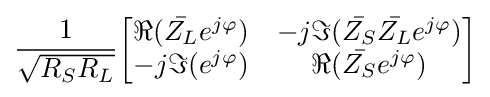
{\frac {1}{\sqrt {R_{S}R_{L}}}}{\begin{bmatrix}\Re ({\bar {Z_{L}}}e^{j\varphi })&-j\Im ({\bar {Z_{S}}}{\bar {Z_{L}}}e^{j\varphi })\\-j\Im (e^{j\varphi })&\Re ({\bar {Z_{S}}}e^{j\varphi })\end{bmatrix}}